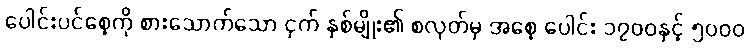
ပေါင်းပင်စေ့ကို စားသောက်သော ငှက် နှစ်မျိုး၏ စလုတ်မှ အစေ့ ပေါင်း ၁၇၀၀နှင့် ၅၀၀၀